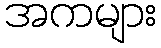
အကများ